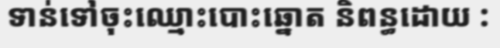
ទាន់ទៅចុះឈ្មោះបោះឆ្នោត និពន្ធដោយ :